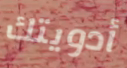
أدويتك